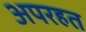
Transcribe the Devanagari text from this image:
अपरहत